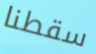
سقطنا